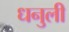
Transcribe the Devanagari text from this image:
धनुली